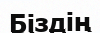
Біздің